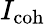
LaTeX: I_{\textrm{coh}}